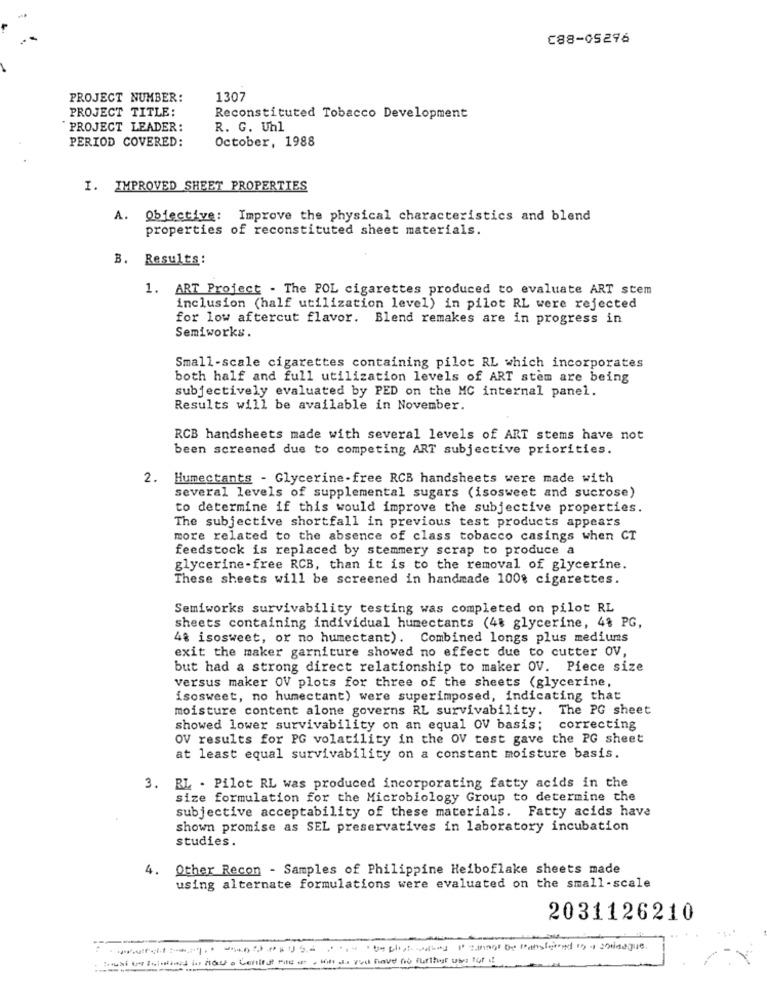
C88-05296
PROJECT NUMBER:
1307
PROJECT TITLE:
Reconstituted Tobacco Development
PROJECT LEADER:
R. G. Uhl
PERIOD COVERED:
October, 1988
I. IMPROVED SHEET PROPERTIES
A. Objective: Improve the physical characteristics and blend
properties of reconstituted sheet materials.
B. Results:
1. ART Project - The POL cigarettes produced to evaluate ART stem
inclusion (half utilization level) in pilot RL were rejected
for low aftercut flavor. Blend remakes are in progress in
Semiworks.
Small-scale cigarettes containing pilot RL which incorporates
both half and full utilization levels of ART stem are being
subjectively evaluated by PED on the MC internal panel.
Results will be available in November.
RCB handsheets made with several levels of ART stems have not
been screened due to competing ART subjective priorities.
2. Humectants - Glycerine-free RCB handsheets were made with
several levels of supplemental sugars (isosweet and sucrose)
to determine if this would improve the subjective properties.
The subjective shortfall in previous test products appears
more related to the absence of class tobacco casings when CT
feedstock is replaced by stemmery scrap to produce a
glycerine -free RCB, than it is to the removal of glycerine.
These sheets will be screened in handmade 100% cigarettes.
Semiworks survivability testing was completed on pilot RL
sheets containing individual humectants (48 glycerine, 4% PG,
48 isosweet, or no humectant). Combined longs plus mediums
exit the maker garniture showed no effect due to cutter OV,
but had a strong direct relationship to maker OV. Piece size
versus maker OV plots for three of the sheets (glycerine,
isosweet, no humectant) were superimposed, indicating that
moisture content alone governs RL survivability. The PG sheet
showed lower survivability on an equal OV basis;
correcting
OV results for PG volatility in the OV test gave the PG sheet
at least equal survivability on a constant moisture basis.
3. RL - Pilot RL was produced incorporating fatty acids in the
size formulation for the Microbiology Group to determine the
subjective acceptability of these materials. Fatty acids have
shown promise as SEL preservatives in laboratory incubation
studies.
4. Other Recon - Samples of Philippine Heiboflake sheets made
using alternate formulations were evaluated on the small-scale
2031126210
-